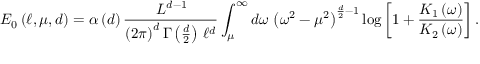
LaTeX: E _ { 0 } \left( \ell , \mu , d \right) = \alpha \left( d \right) \frac { \, L ^ { d - 1 } } { \left( 2 \pi \right) ^ { d } \Gamma \left( \frac { d } { 2 } \right) \, \ell ^ { d } } \int _ { \mu } ^ { \infty } d \omega \, \left( \omega ^ { 2 } - \mu ^ { 2 } \right) ^ { \frac { d } { 2 } - 1 } \log \left[ 1 + \frac { K _ { 1 } \left( \omega \right) } { K _ { 2 } \left( \omega \right) } \right] .